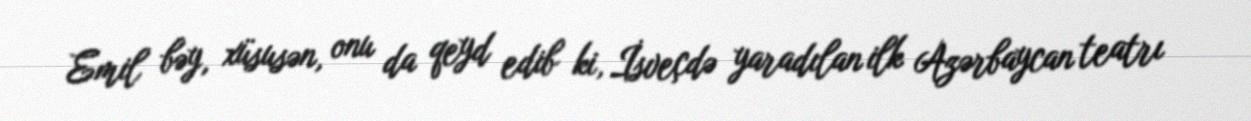
Emil bəy, xüsusən, onu da qeyd edib ki, İsveçdə yaradılan ilk Azərbaycan teatrı